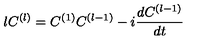
l C ^ { ( l ) } = C ^ { ( 1 ) } C ^ { ( l - 1 ) } - i \frac { d C ^ { ( l - 1 ) } } { d t }